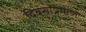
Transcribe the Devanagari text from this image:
दिवसांप्रमाणे